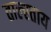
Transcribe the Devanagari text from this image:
ताल्स्ताय